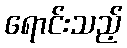
ရောင်းသည့်